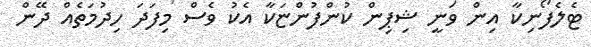
ޓެލެފޯނިކާ އިން ވަނީ ޝިޕިން ކުންފުންޏަކާ އެކު ވެސް މިފަދަ ހިދުމަތެއް ދޭން